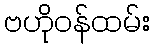
ဗဟိုဝန်ထမ်း